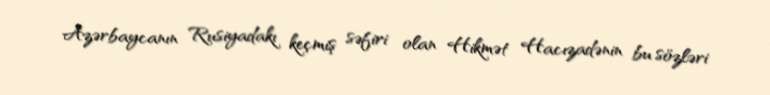
Azərbaycanın Rusiyadakı keçmiş səfiri olan Hikmət Hacızadənin bu sözləri